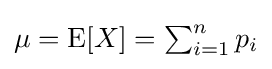
\mu =\operatorname {E} [X]=\textstyle \sum _{i=1}^{n}p_{i}